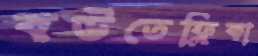
বউতেফ্লিকা